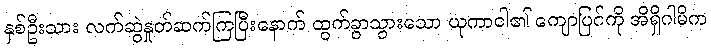
နှစ်ဦးသား လက်ဆွဲနှုတ်ဆက်ကြပြီးနောက် ထွက်ခွာသွားသော ယုကာဝါ၏ ကျောပြင်ကို အိရှိဂါမိက